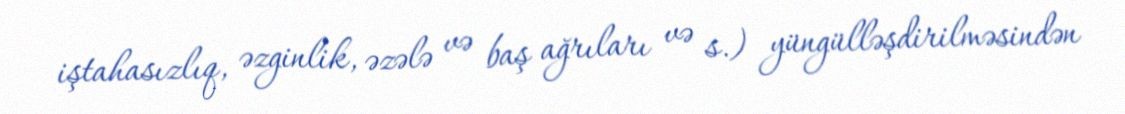
iştahasızlıq, əzginlik, əzələ və baş ağrıları və s.) yüngülləşdirilməsindən